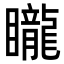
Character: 矓